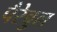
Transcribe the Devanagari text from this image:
पैरेबुल